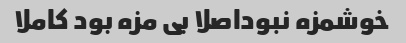
خوشمزه نبوداصلا بی مزه بود کاملا